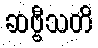
ဆဗ္ဗီသတိ